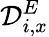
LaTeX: \mathcal{D}_{i,x}^{E}